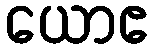
ယောဧ